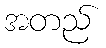
အတည်